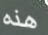
هذه